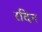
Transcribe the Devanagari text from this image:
रदिन